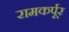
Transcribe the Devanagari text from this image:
रामकर्पूर